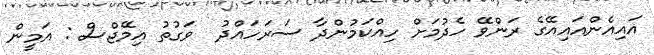
އައިއެންއައިއޭގެ ރަންވޭ ހެދުމަށް ހިއްކަމުންދާ ސަރަހައްދު  ވަގުތު އިމޭޖްސް : އަމީން